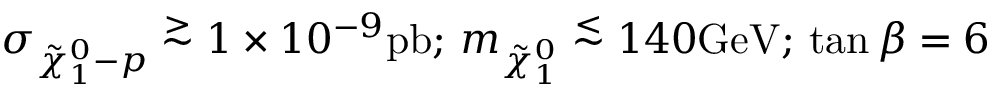
\sigma _ { \tilde { \chi } _ { 1 } ^ { 0 } - p } \stackrel { > } { \sim } 1 \times 1 0 ^ { - 9 } \mathrm { p b } ; \, m _ { \tilde { \chi } _ { 1 } ^ { 0 } } \stackrel { < } { \sim } 1 4 0 \mathrm { G e V } ; \, \tan \beta = 6